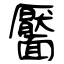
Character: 靨